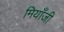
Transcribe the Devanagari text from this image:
मियाँजी